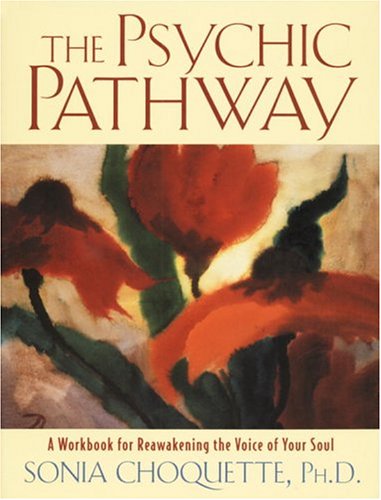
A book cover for The Psychic Pathway: A Workbook for Reawakening the Voice of Your Soul; Sonia Choquette; Religion & Spirituality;